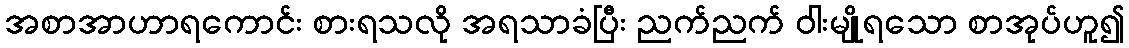
အစာအာဟာရကောင်း စားရသလို အရသာခံပြီး ညက်ညက် ဝါးမျိုရသော စာအုပ်ဟူ၍